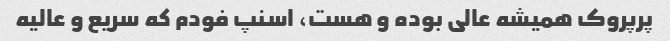
پرپروک همیشه عالی بوده و هست، اسنپ فودم که سریع و عالیه